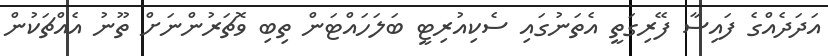
އަދަދެއްގެ ފައިސާ ފޭރިގަތީ އެތަނުގައި ސެކިއުރިޓީ ބަލަހައްޓަން ތިބި ވޮޗަރުންނަށް ތޫނު އެއްޗަކުން